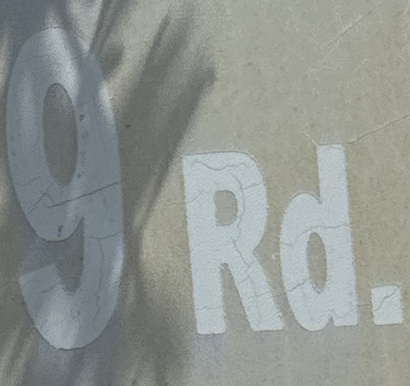
9 Rd.